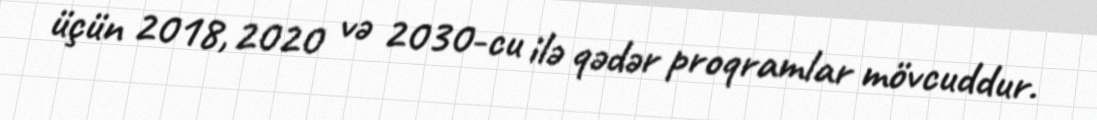
üçün 2018, 2020 və 2030-cu ilə qədər proqramlar mövcuddur.